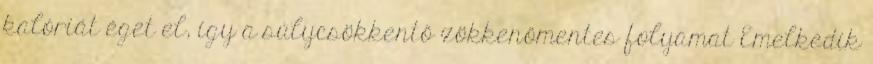
kalóriát éget el, így a súlycsökkentő zökkenőmentes folyamat Emelkedik